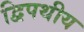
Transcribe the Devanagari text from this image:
द्विपथीय